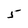
Character: 5